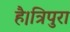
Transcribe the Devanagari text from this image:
है।त्रिपुरा